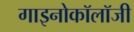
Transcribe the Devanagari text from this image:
गाइनोकॉलॉजी